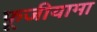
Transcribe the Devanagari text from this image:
फ़ूजीयामा